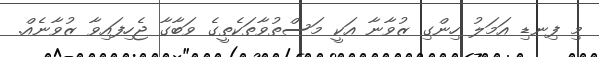
މި ފިނޑި އަމަލު ހިންގި ޒުވާނާ އަކީ މަސްތުވާތަކެތީގެ ވަބާގާ ޖެހިފައިވާ ޒުވާނެއް.